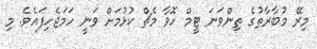
މިރޭ މުބާރާތުގެ ތިންވަނަ ޓީމް ހޮވާ މެޗް ކުޅުމަށް ވަނީ ހަމަޖެހިފައެވެ. މި